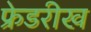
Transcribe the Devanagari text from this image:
फ्रेडरीख